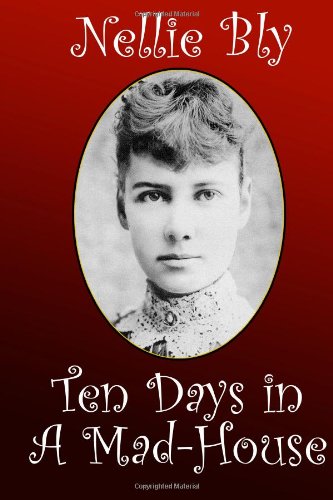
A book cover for Ten Days in a Mad-House; Nellie Bly; Health, Fitness & Dieting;